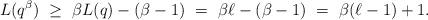
LaTeX: \begin{align*} L(q^\beta)\ \geq\ \beta L(q)-(\beta-1) \ =\ \beta \ell - (\beta - 1) \ =\ \beta(\ell-1)+1. \end{align*}